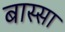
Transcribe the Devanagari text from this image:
बास्सा